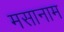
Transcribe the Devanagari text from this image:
मसानाम